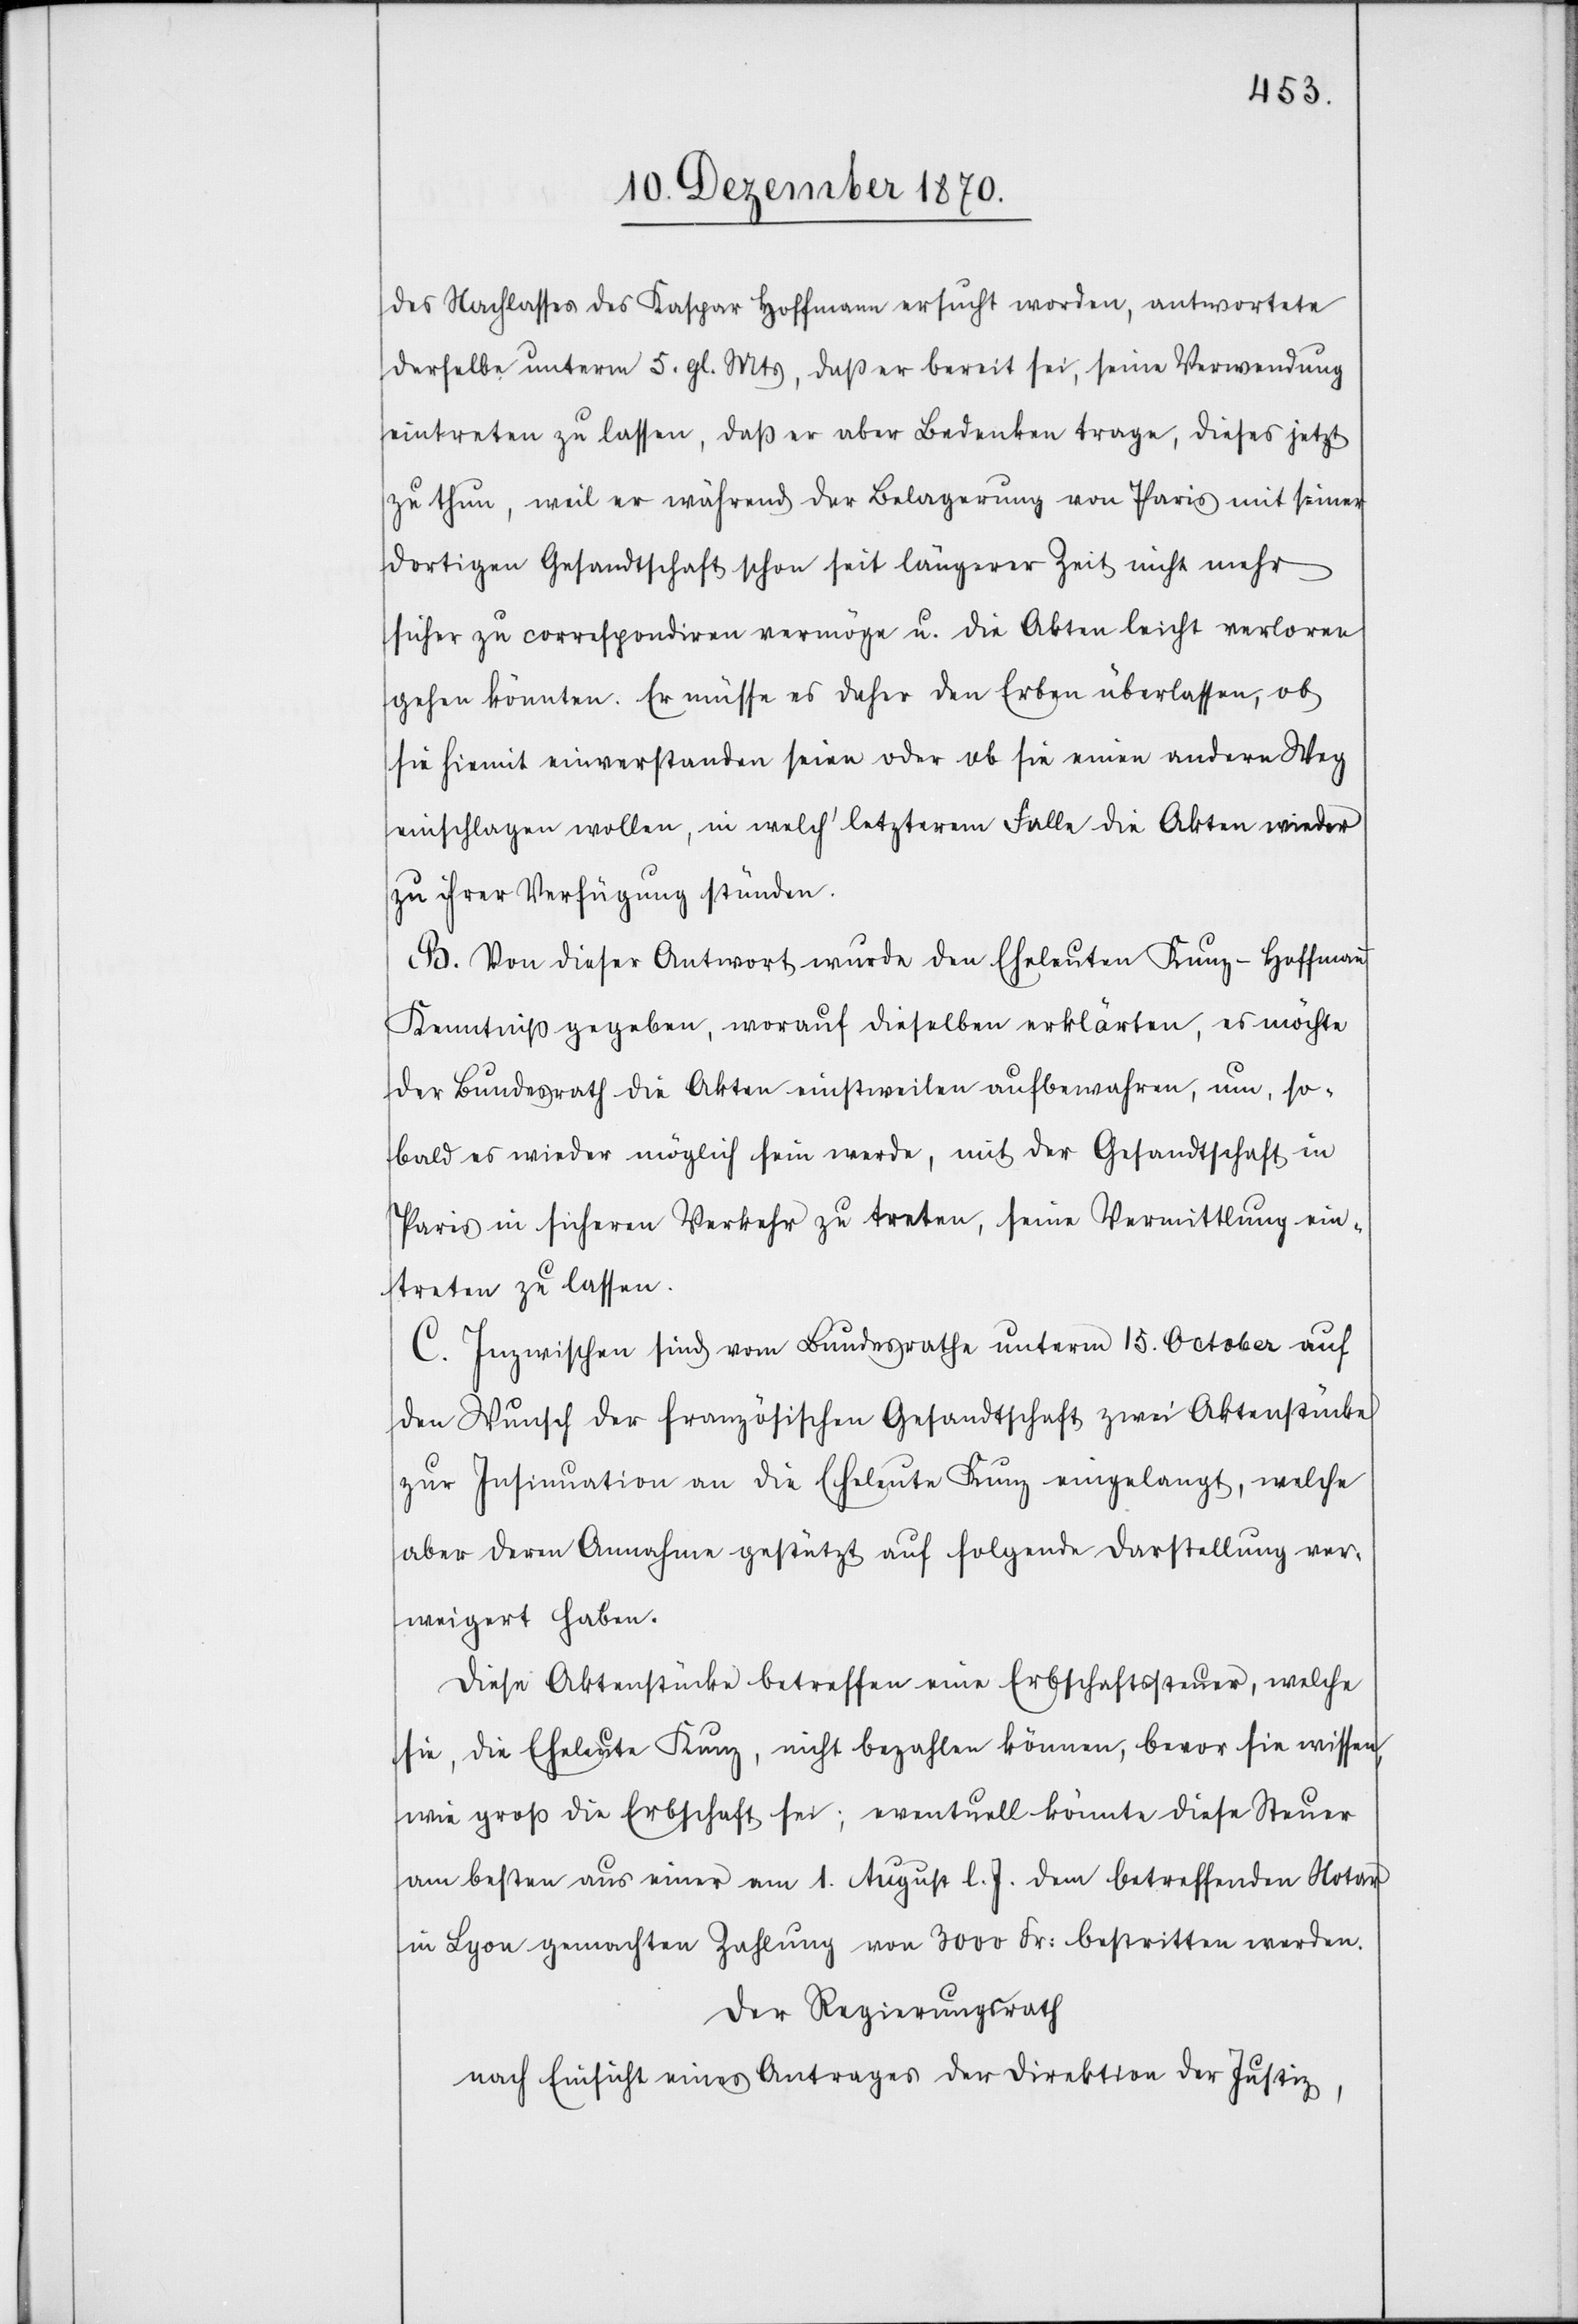
des Nachlasses des Kaspar Hoffmann ersucht worden, antwortete
derselbe unterm 5. gl. Mts, daß er bereit sei, seine Verwendung
eintreten zu lassen, daß er aber Bedenken trage, dieses jetzt
zu thun, weil er während der Belagerung von Paris mit seiner
dortigen Gesandtschaft schon seit längerer Zeit nicht mehr
sicher zu correspondiren vermöge u. die Akten leicht verloren
gehen könnten. Er müsse es daher den Erben überlassen, ob
sie hiemit einverstanden seien oder ob sie einen andern Weg
einschlagen wollen, in welch’ letzterem Falle die Akten wieder
zu ihrer Verfügung stünden.
B. Von dieser Antwort wurde den Eheleuten Kunz-Hoffmann
Kenntniß gegeben, worauf dieselben erklärten, es möchte
der Bundesrath die Akten einstweilen aufbewahren, um, so¬
bald es wieder möglich sein werde, mit der Gesandtschaft in
Paris in sicheren Verkehr zu treten, seine Vermittlung ein¬
treten zu lassen.
C. Inzwischen sind vom Bundesrathe unterm 15. October auf
den Wunsch der französischen Gesandtschaft zwei Aktenstücke
zur Insinuation an die Eheleute Kunz eingelangt, welche
aber deren Annahme gestützt auf folgende Darstellung ver¬
weigert haben.
Diese Aktenstücke betreffen eine Erbschaftsteuer, welche
sie, die Eheleute Kunz, nicht bezahlen können, bevor sie wissen,
wie groß die Erbschaft sei; eventuell könnte diese Steuer
am besten aus einer am 1. August l. J. dem betreffenden Notar
in Lyon gemachten Zahlung von 3000 Fr: bestritten werden.
Der Regierungsrath
nach Einsicht eines Antrages der Direktion der Justiz,